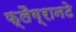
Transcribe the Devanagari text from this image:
फ्लैग्रानटे